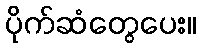
ပိုက်ဆံတွေပေး။